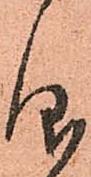
仰